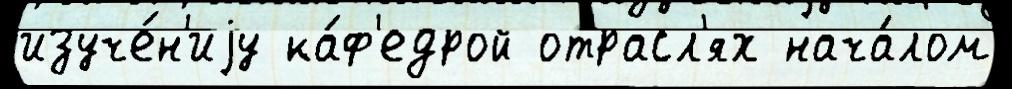
изуче́н'иjу ка́ф'едрой отрасл'ях нача́лом